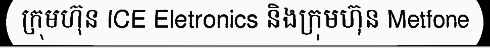
ក្រុមហ៊ុន ICE Eletronics និងក្រុមហ៊ុន Metfone